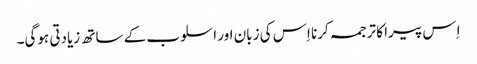
اِس پیرا کا ترجمہ کرنا اِس کی زبان اور اسلوب کے ساتھ زیادتی ہوگی۔